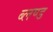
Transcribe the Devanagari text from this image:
ब्लण्ड